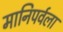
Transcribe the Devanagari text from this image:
मानिपर्वला